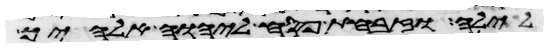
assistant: לילה וזבחת פסח ליהוה אלהיך